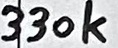
Text: 330k